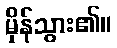
မှိန်သွား၏။